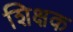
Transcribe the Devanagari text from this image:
शिक्षक